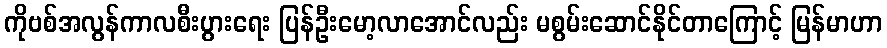
ကိုဗစ်အလွန်ကာလစီးပွားရေး ပြန်ဦးမော့လာအောင်လည်း မစွမ်းဆောင်နိုင်တာကြောင့် မြန်မာဟာ